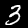
Digit: 3